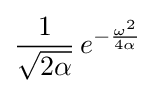
{\frac {1}{\sqrt {2\alpha }}}\,e^{-{\frac {\omega ^{2}}{4\alpha }}}